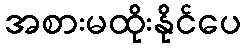
အစားမထိုးနိုင်ပေ